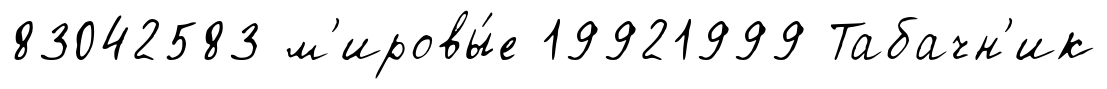
83042583 м'ировы́е 19921999 Табачн'ик